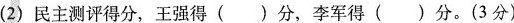
(2)民主测评得分，王强得()分，李军得()分。(3分)